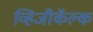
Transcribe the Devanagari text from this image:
व्हिजीकॅल्क